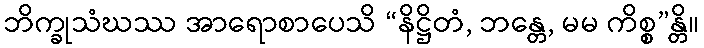
ဘိက္ခုသံဃဿ အာရောစာပေသိ “နိဋ္ဌိတံ, ဘန္တေ, မမ ကိစ္စ”န္တိ။